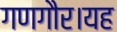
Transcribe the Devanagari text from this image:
गणगौर।यह